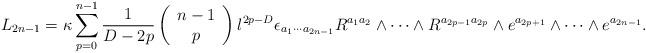
LaTeX: \begin{align*}L_{2n-1}=\kappa\sum_{p=0}^{n-1} \frac{1}{D-2p} \left( \begin{array}{c}n-1 \\p \end{array} \right) l^{2p-D} \epsilon_{a_1 \cdots a_{2n-1}}R^{a_1 a_2}\wedge \cdots \wedge R^{a_{2p-1} a_{2p}}\wedge e^{a_{2p+1}}\wedge \cdots \wedge e^{a_{2n-1}}.\end{align*}